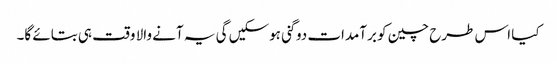
کیا اس طرح چین کو برآمدات دوگنی ہوسکیں گی یہ آنے والا وقت ہی بتائے گا۔